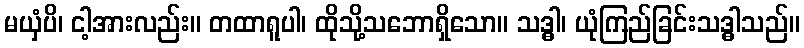
မယှံပိ၊ ငါ့အားလည်း။ တထာရူပါ၊ ထိုသို့သဘောရှိသော။ သဒ္ဓါ၊ ယုံကြည်ခြင်းသဒ္ဓါသည်။